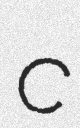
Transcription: c